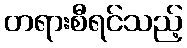
တရားစီရင်သည့်